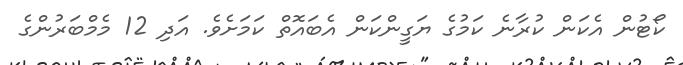
ކޯޓުން އެކަން ކުރާނެ ކަމުގެ ޔަގީންކަން އެބައޮތް ކަމަށެވެ. އަދި 12 މެމްބަރުންގެ